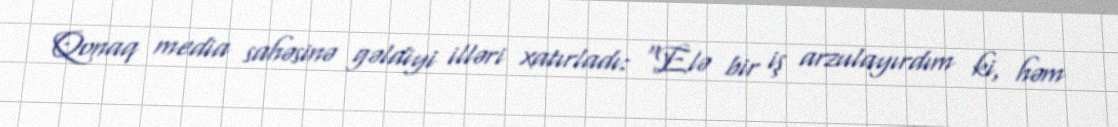
Qonaq media sahəsinə gəldiyi illəri xatırladı: “Elə bir iş arzulayırdım ki, həm